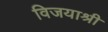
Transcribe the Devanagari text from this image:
विजयाश्री